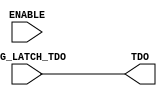
`timescale 1ns / 1ps
//////////////////////////////////////////////////////////////////////////////////
// Company: 
// Engineer: 
// 
// Design Name: 
// Module Name:    z_state 
// Project Name: 
// Target Devices: 
// Tool versions: 
// Description: 
//
// Dependencies: 
//
// Revision: 
// Revision 0.01 - File Created
// Additional Comments: 
//
//////////////////////////////////////////////////////////////////////////////////
module z_state(
    input NEG_LATCH_TDO,
    input ENABLE,
    output TDO
    );
	
	//assign TDO = ENABLE ? NEG_LATCH_TDO : 1'bz;
	assign TDO = NEG_LATCH_TDO;

endmodule